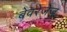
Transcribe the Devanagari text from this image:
बेवरेजेज